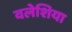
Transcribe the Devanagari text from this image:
वलेशिया